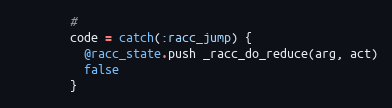
Language: Ruby
        #
        code = catch(:racc_jump) {
          @racc_state.push _racc_do_reduce(arg, act)
          false
        }